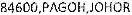
84600,PAGOH,JOHOR